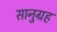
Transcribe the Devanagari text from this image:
सानुग्रह